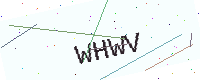
Text: WHWV